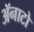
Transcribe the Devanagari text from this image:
ॲनाटो